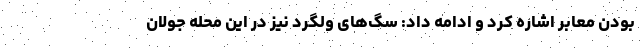
بودن معابر اشاره کرد و ادامه داد: سگ‌های ولگرد نیز در این محله جولان